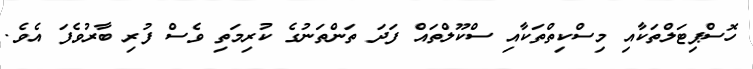
ހޮސްޕިޓަލްތަކާއި މިސްކިތްތަކާއި ސްކޫލްތައް ފަދަ ތަންތަނުގެ ކުރިމަތި ވެސް ފުރި ބާރުވެފަ އެވެ.